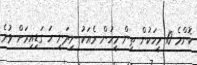
ކޮންމެ 10 މީހަކުން ތިން މީހުން ރެއަކު ނިދަނީ ހަ ގަޑިއިރަށް ވުރެ